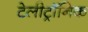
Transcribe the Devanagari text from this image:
टेलीट्रॉनिक